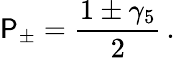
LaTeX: \mathsf{P}_{\pm}={\frac{{1\pm\gamma_{5}}}{{2}}}\, .